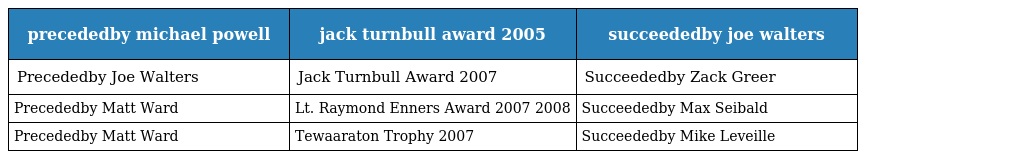
| precededby michael powell | jack turnbull award 2005 | succeededby joe walters |
 | --- | --- | --- |
 | Precededby Joe Walters | Jack Turnbull Award 2007 | Succeededby Zack Greer |
 | Precededby Matt Ward | Lt. Raymond Enners Award 2007 2008 | Succeededby Max Seibald |
 | Precededby Matt Ward | Tewaaraton Trophy 2007 | Succeededby Mike Leveille |